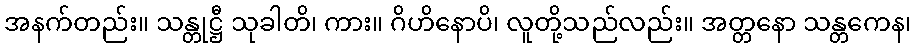
အနက်တည်း။ သန္တုဋ္ဌီ သုခါတိ၊ ကား။ ဂိဟိနောပိ၊ လူတို့သည်လည်း။ အတ္တနော သန္တကေန၊